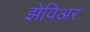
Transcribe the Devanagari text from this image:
झेविअर